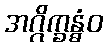
အဂ္ဂိက္ခန္ဓံဝ